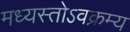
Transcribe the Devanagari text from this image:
मध्यस्तोऽवक्रम्य